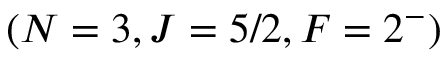
( N = 3 , J = 5 / 2 , F = 2 ^ { - } )